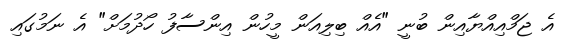
އެ ޖަމްއިއްޔާއިން ބުނީ "އެއް ބިލިއަން މީހުން އިންސާފު ހޯދުމަށް" އެ ނަމުގައި